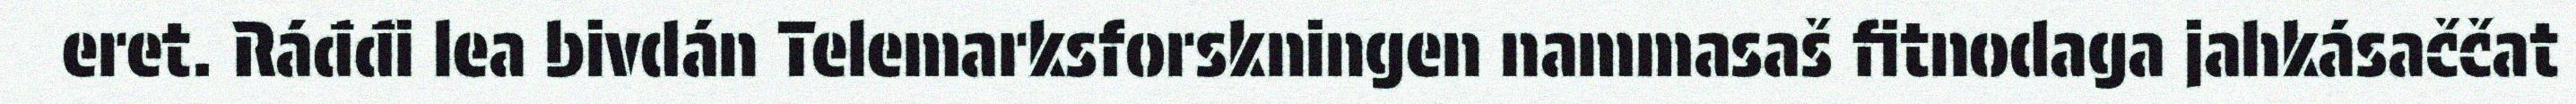
eret. Ráđđi lea bivdán Telemarksforskningen nammasaš fitnodaga jahkásaččat